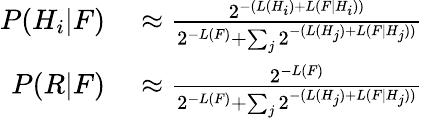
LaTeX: \begin{array}{rl}{P(H_{i}|F)}&{{}\approx{\frac{2^{-(L(H_{i})+L(F|H_{i}))}}{2^{-L(F)}+\sum_{j}{2^{-(L(H_{j})+L(F|H_{j}))}}}}}\\ {P(R|F)}&{{}\approx{\frac{2^{-L(F)}}{2^{-L(F)}+\sum_{j}{2^{-(L(H_{j})+L(F|H_{j}))}}}}}\end{array}